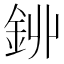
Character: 𨥥